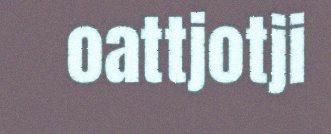
oattjotji